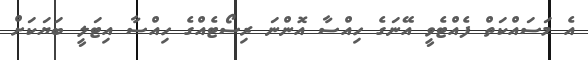
އެ މަސައްކަތް ފެއްޓެވީ އޭނަގެ ހިއްސާ އޮންނަ ރިސޯޓެއްގެ ހިއްސާ އިޓަލީ ބަޔަކަށް